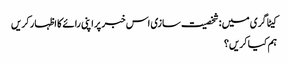
کیٹاگری میں : شخصیت سازی اس خبر پر اپنی رائے کا اظہار کریں
ہم کیا کریں؟